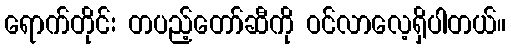
ရောက်တိုင်း တပည့်တော်ဆီကို ဝင်လာလေ့ရှိပါတယ်။